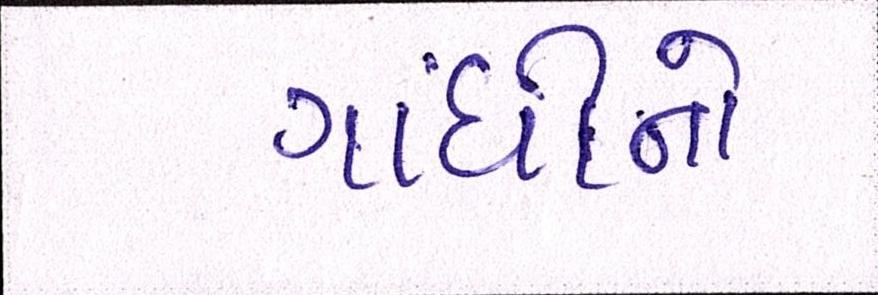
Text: ગાંધીનો